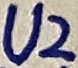
Text: U2